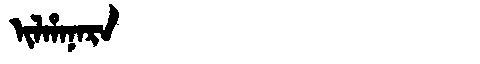
Manchu: ᡳᠯᡥᠠᠨᠠᡵᠠ
Romanization: ILHANARA